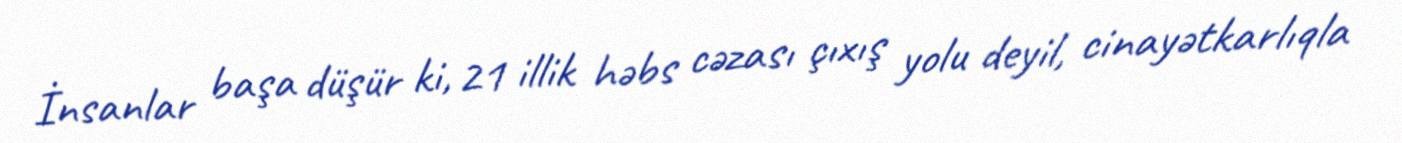
İnsanlar başa düşür ki, 21 illik həbs cəzası çıxış yolu deyil, cinayətkarlıqla